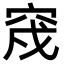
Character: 𥥰